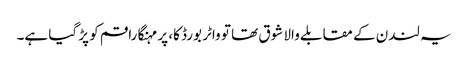
یہ لندن کے مقابلے والا شوق تھا تو واٹر بورڈ کا، پر مہنگا راقم کو پڑ گیا ہے۔